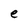
Character: e